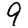
Digit: 9